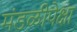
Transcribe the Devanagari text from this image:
मंडळीपेक्षा